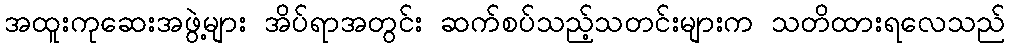
အထူးကုဆေးအဖွဲ့များ အိပ်ရာအတွင်း ဆက်စပ်သည့်သတင်းများက သတိထားရလေသည်